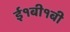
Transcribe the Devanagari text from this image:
ई१बी१बी